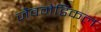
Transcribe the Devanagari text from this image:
जैवमेडिकल